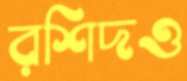
রশিদও